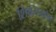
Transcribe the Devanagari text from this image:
शिवरायाना